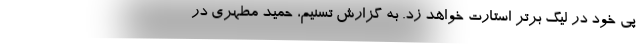
پی خود در لیگ برتر استارت خواهد زد. به گزارش تسنیم، حمید مطهری در